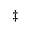
^ { \ddagger }